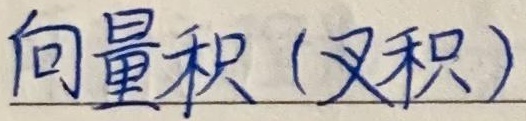
向量积（叉积）